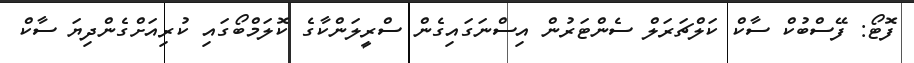
ފޮޓޯ: ފޭސްބުކް ސާކް ކަލްޗަރަލް ސެންޓަރުން އިސްނަގައިގެން ސްރީލަންކާގެ ކޮލަމްބޯގައި ކުރިއަށްގެންދިޔަ ސާކް